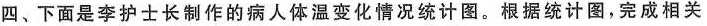
四、下面是李护士长制作的病人体温变化情况统计图。根据统计图，完成相关